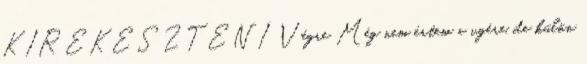
KIREKESZTENI Végre Még nem értem a vgére, de külön